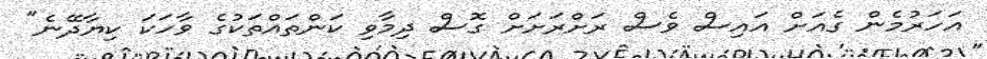
އަހަރުމެން ގެއަށް އައިސް ވެސް ރަށްރަށަށް ގޮސް ދިމާވި ކަންތައްތަކުގެ ވާހަކަ ކިޔާދޭނެ"